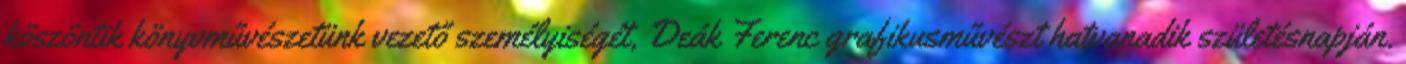
köszöntik könyvművészetünk vezető személyiségét, Deák Ferenc grafikusművészt hatvanadik születésnapján.